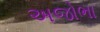
અજોભા